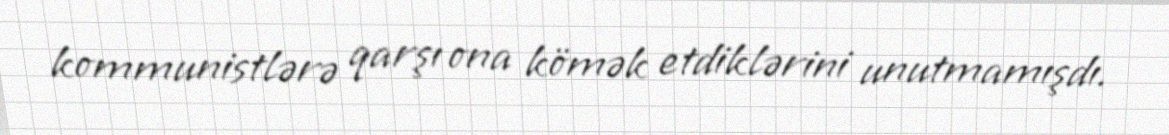
kommunistlərə qarşı ona kömək etdiklərini unutmamışdı.